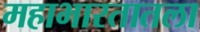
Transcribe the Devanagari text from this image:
महाभारतातला